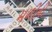
મળીની